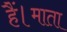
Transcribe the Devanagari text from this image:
हैं।माता